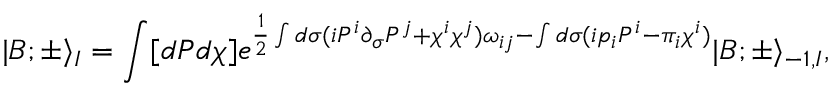
| B ; \pm \rangle _ { I } = \int [ d P d \chi ] e ^ { \frac { 1 } { 2 } \int d \sigma ( i P ^ { i } \partial _ { \sigma } P ^ { j } + \chi ^ { i } \chi ^ { j } ) \omega _ { i j } - \int d \sigma ( i p _ { i } P ^ { i } - \pi _ { i } \chi ^ { i } ) } | B ; \pm \rangle _ { - 1 , I } ,